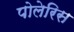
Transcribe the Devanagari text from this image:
पोलेरिस